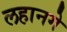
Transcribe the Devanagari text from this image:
लहानगे